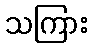
သကြား